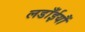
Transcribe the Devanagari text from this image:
लडाँईयौं